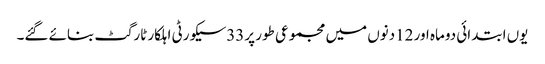
یوں ابتدائی دوماہ اور 12دنوں میں مجموعی طور پر33سیکورٹی اہلکار ٹارگٹ بنائے گئے۔